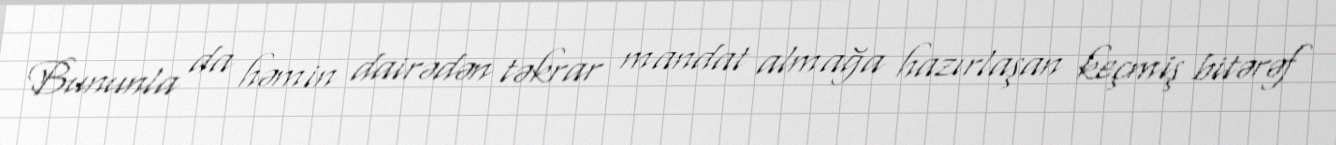
Bununla da həmin dairədən təkrar mandat almağa hazırlaşan keçmiş bitərəf